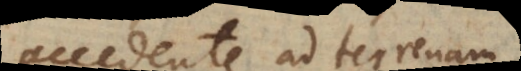
accedente ad terrenam